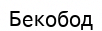
Бекобод